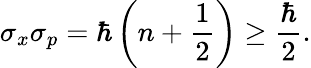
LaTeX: \sigma_{x}\sigma_{p}=\hbar\left(n+{\frac{1}{2}}\right)\geq{\frac{\hbar}{2}}.